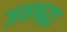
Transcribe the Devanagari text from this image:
जनश्रद्धा